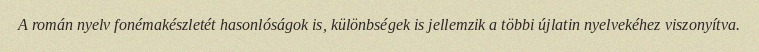
A román nyelv fonémakészletét hasonlóságok is, különbségek is jellemzik a többi újlatin nyelvekéhez viszonyítva.